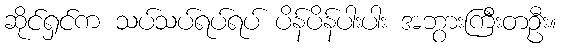
ဆိုင်ရှင်က သပ်သပ်ရပ်ရပ် ပိန်ပိန်ပါးပါး အဘွားကြီးတဦး။